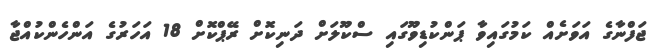
ޖަފްނާގެ އަވަށެއް ކަމުގައިވާ ޕަންކުޑިވޫގައި ސްކޫލަށް ދަނިކޮށް ރޭޕްކޮށް 18 އަހަރުގެ އަންހެންކުއްޖާ